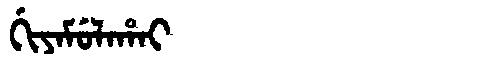
Manchu: ᡤᡳᠶᠠᠮᡠᠯᠠᡥᠠᡳ
Romanization: GIYAMULAHAI